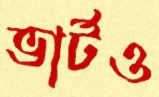
ভার্টও